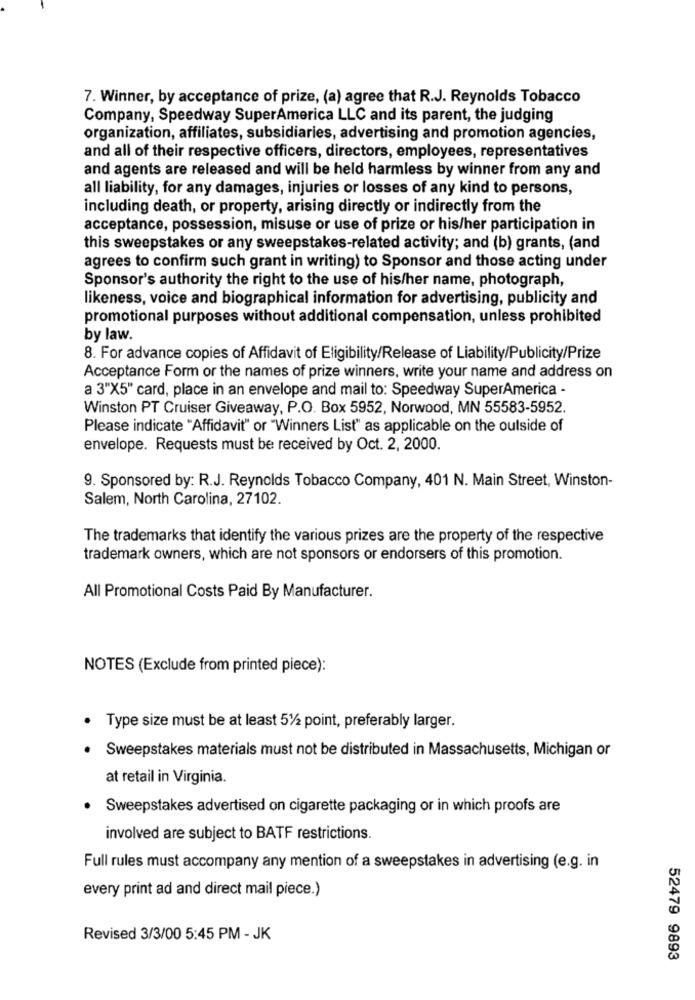
7. Winner, by acceptance of prize, (a) agree that R.J. Reynolds Tobacco
Company, Speedway SuperAmerica LLC and its parent, the judging
organization, affiliates, subsidiaries, advertising and promotion agencies,
and all of their respective officers, directors, employees, representatives
and agents are released and will be held harmless by winner from any and
all liability, for any damages, injuries or losses of any kind to persons,
including death, or property, arising directly or indirectly from the
acceptance, possession, misuse or use of prize or his/her participation in
this sweepstakes or any sweepstakes-related activity; and (b) grants, (and
agrees to confirm such grant in writing) to Sponsor and those acting under
Sponsor's authority the right to the use of his/her name, photograph,
likeness, voice and biographical information for advertising, publicity and
promotional purposes without additional compensation, unless prohibited
by law.
8. For advance copies of Affidavit of Eligibility/Release of Liability/Publicity/Prize
Acceptance Form or the names of prize winners, write your name and address on
a 3"X5" card, place in an envelope and mail to: Speedway SuperAmerica -
Winston PT Cruiser Giveaway, P.O. Box 5952, Norwood, MN 55583-5952.
Please indicate "Affidavit" or "Winners List" as applicable on the outside of
envelope. Requests must be received by Oct. 2, 2000.
9. Sponsored by: R.J. Reynolds Tobacco Company, 401 N. Main Street, Winston-
Salem, North Carolina, 27102.
The trademarks that identify the various prizes are the property of the respective
trademark owners, which are not sponsors or endorsers of this promotion.
All Promotional Costs Paid By Manufacturer.
NOTES (Exclude from printed piece):
· Type size must be at least 51/2 point, preferably larger.
Sweepstakes materials must not be distributed in Massachusetts, Michigan or
at retail in Virginia.
Sweepstakes advertised on cigarette packaging or in which proofs are
involved are subject to BATF restrictions.
Full rules must accompany any mention of a sweepstakes in advertising (e.g. in
every print ad and direct mail piece.)
Revised 3/3/00 5:45 PM - JK
52479 9893